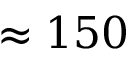
\approx 1 5 0